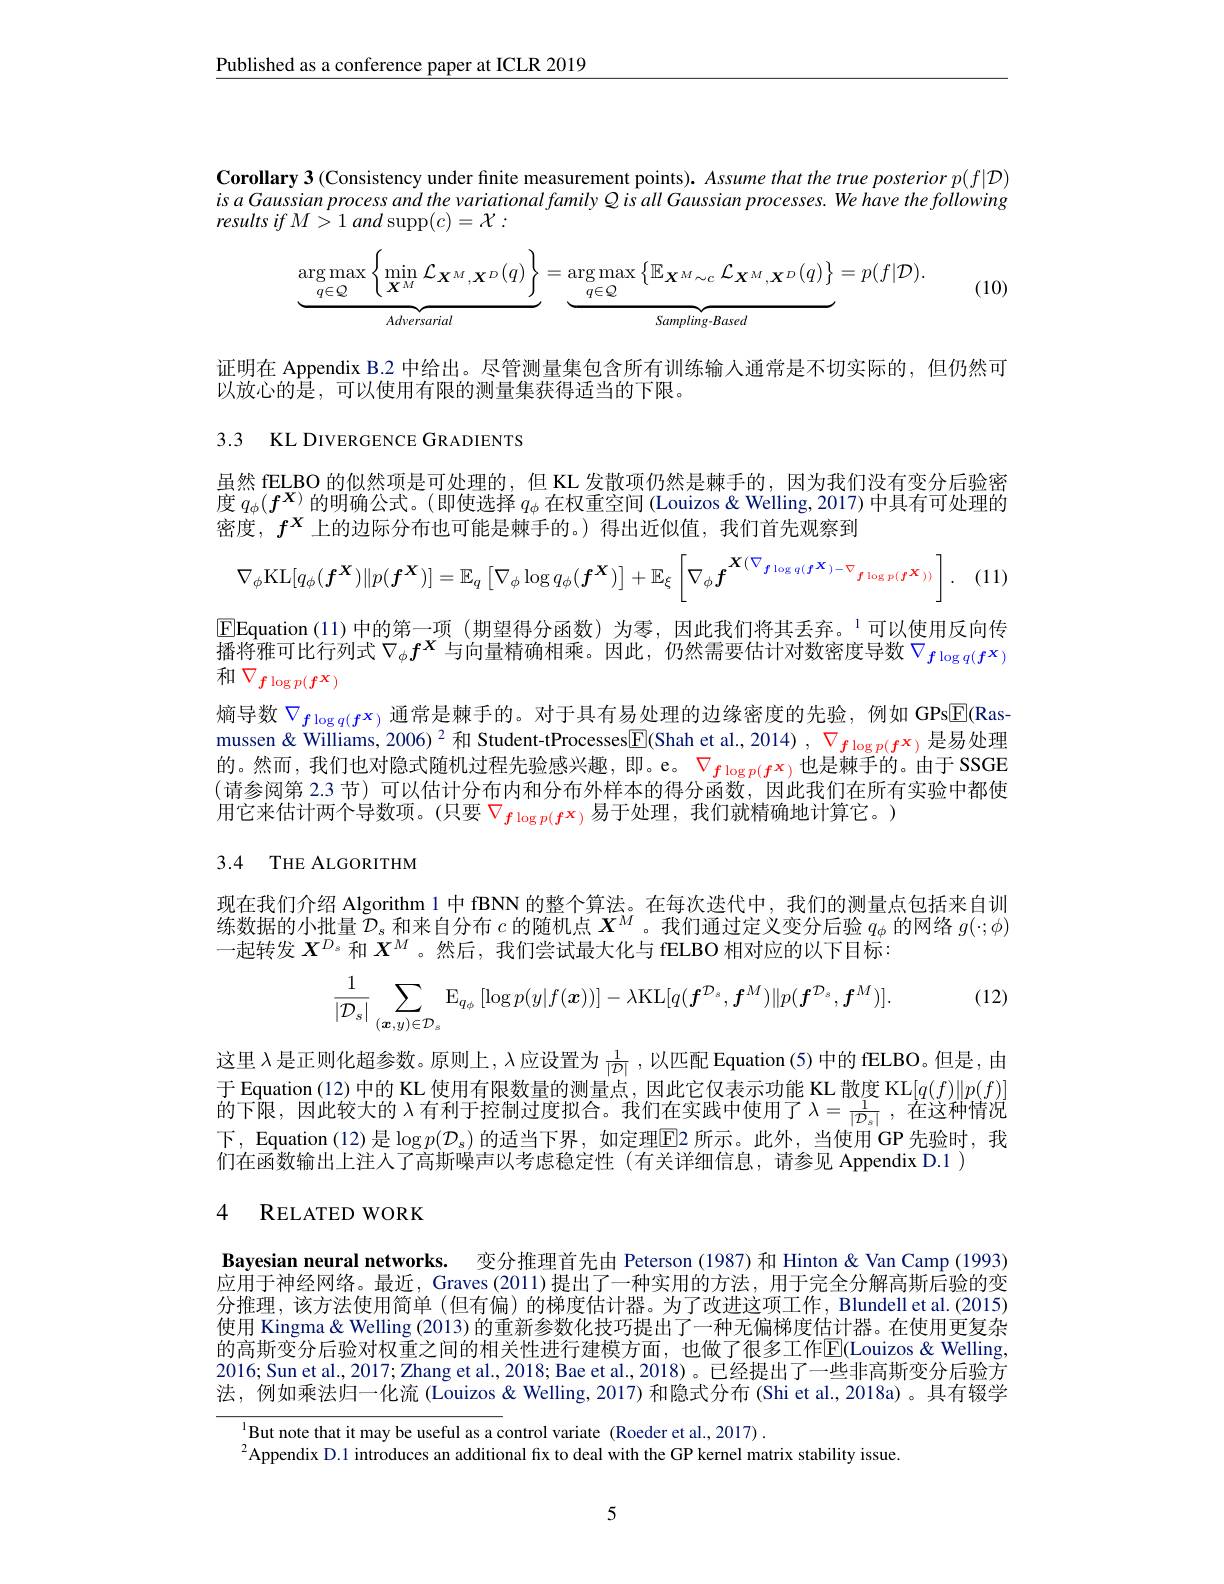
$\underline{\text{Published as a conference paper at ICLR 2019}}$

$\textbf{Corollary 3 ( Consistency under finite measurement points) . Assume that the true posterior p( f| D) }$ isa Gaussian process and the variational family Qisall Gaussian processes. We have the following results $if$ $M> 1$ and supp$( c) = {\mathcal{X} }:$
$$\underbrace{\arg\max}_{q\in\mathbb{Q}}\left\{\min_{\boldsymbol{X}^{M}}\mathcal{L}_{\boldsymbol{X}^{M},\boldsymbol{X}^{D}}(q)\right\}=\underbrace{\arg\max}_{q\in\mathbb{Q}}\left\{\mathbb{E}_{\boldsymbol{X}^{M}\sim c}\mathcal{L}_{\boldsymbol{X}^{M},\boldsymbol{X}^{D}}(q)\right\}=p(f|\mathcal{D}).$$
(10)

证明在 Appendix B.2 中给出。尽管测量集包含所有训练输人通常是不切实际的，但仍然可
以放心的是，可以使用有限的测量集获得适当的下限。

3.3 KL DIVERGENCE GRADIENTS

虽然 fELBO 的似然项是可处理的，但 KL 发散项仍然是棘手的，因为我们没有变分后验密$\widetilde{\text{度 }q_\phi(f^{\boldsymbol{X})}}$的明确公式。(即使选择$q_\phi$在权重空间 (Louizos & Welling, 2017) 中具有可处理的密度，$f^X$上的边际分布也可能是棘手的。)得出近似值，我们首先观察到
$$\nabla_\phi\mathrm{KL}[q_\phi(\boldsymbol{f}^\boldsymbol{X})\|p(\boldsymbol{f}^\boldsymbol{X})]=\mathbb{E}_q\left[\nabla_\phi\log q_\phi(\boldsymbol{f}^\boldsymbol{X})\right]+\mathbb{E}_\xi\left[\nabla_\phi\boldsymbol{f}^{\boldsymbol{X}(\nabla_{\boldsymbol{f}\log q(\boldsymbol{f}^\boldsymbol{X})-\nabla_{\boldsymbol{f}\log p(\boldsymbol{f}^\boldsymbol{X}))}})}\right].$$
(11)

$\boxed{\mathrm{E}}$Equation (11)中的第一项 (期望得分函数)为零，因此我们将其丢弃。$^1$可以使用反向传播将雅可比行列式$\nabla_\phi f^X$与向量精确相乘。因此，仍然需要估计对数密度导数$\nabla_{f\log q(f^{\mathbf{x}})}$ 和$\nabla_{\boldsymbol{f}\log p(\boldsymbol{f}^{\boldsymbol{X}})}$
熵导数$\nabla_{f\log q(f^{\mathbf{x}})}$ 通常是棘手的。对于具有易处理的边缘密度的先验，例如 GPsE(Rasmussen& Williams, 2006)$^{2}$和 Student-tProcesses$\boxed{\mathrm{E}}($Shah et al., 2014) , $\nabla_{\boldsymbol{f}\log p(\boldsymbol{f}^{\boldsymbol{x}})}$是易处理的。然而，我们也对隐式随机过程先验感兴趣，即。e。$\color{red}{\nabla_{f\log p(f^x)}\text{也是棘手的。由于 SSGE}}$ (请参阅第 2.3 节) 可以估计分布内和分布外样本的得分函数，因此我们在所有实验中都使用它来估计两个导数项。(只要$\nabla_{\boldsymbol{f}\log p(\boldsymbol{f}^{\mathbf{x}})}$易于处理，我们就精确地计算它。)

## 3.4 THE ALGORITHM

现在我们介绍 Algorithm 1 中 fBNN 的整个算法。在每次迭代中，我们的测量点包括来自训练数据的小批量$\mathcal{D}_s$和来自分布$c$的随机点$\boldsymbol X^M$ 。我们通过定义变分后验$q_\phi$的网络$g(\cdot;\phi)$ 一起转发$X^{D_s}$ 和 $X^M$ 。然后，我们尝试最大化与 fELBO 相对应的以下目标：
$$\frac{1}{|\mathcal{D}_{s}|}\sum_{(\boldsymbol{x},y)\in\mathcal{D}_{s}}\mathbb{E}_{q_{\phi}}[\log p(y|f(\boldsymbol{x}))]-\lambda\mathrm{KL}[q(\boldsymbol{f}^{\mathcal{D}_{s}},\boldsymbol{f}^{M})\|p(\boldsymbol{f}^{\mathcal{D}_{s}},\boldsymbol{f}^{M})].$$
(12)

这里$\lambda$是正则化超参数。原则上，$\lambda$应设置为$\frac1{|\mathcal{D}|}$ ,以匹配 Equation (5) 中的 fELBO。但是，由于 Equation (12) 中的 KL 使用有限数量的测量点，因此它仅表示功能 KL 散度 KL$[q(f)\|p(f)]$ 的下限，因此较大的 $\lambda$ 有利于控制过度拟合。我们在实践中使用了$\lambda=\frac1{|\mathcal{D}_s|}$,在这种情况下，Equation (12) 是 $\log p(\mathcal{D}_s)$ 的适当下界，如定理$\overline{\mathrm{E}}$2 所示。此外，当使用 GP 先验时，我们在函数输出上注入了高斯噪声以考虑稳定性(有关详细信息，请参见 Appendix D.1)

## 4 RELATED WORK

Bayesian neural networks. 变分推理首先由 Peterson (1987) 和 Hinton &Van Camp (1993) 应用于神经网络。最近，Graves (2011)提出了一种实用的方法，用于完全分解高斯后验的变分推理，该方法使用简单(但有偏)的梯度估计器。为了改进这项工作，Blundell et al.(2015) 使用 Kingma& Welling (2013) 的重新参数化技巧提出了一种无偏梯度估计器。在使用更复杂的高斯变分后验对权重之间的相关性进行建模方面，也做了很多工作$\overline{\mathrm{E}}($Louizos &Welling, 2016; Sun et al., 2017; Zhang et al., 2018; Bae et al., 2018)。已经提出了一些非高斯变分后验方法，例如乘法归一化流 (Louizos &Welling, 2017) 和隐式分布 (Shi et al., 2018a)。具有辍学

$^{1}$But note that it may be useful as a control variate (Roeder et al.,2017).
$^{2}$Appendix D.1 introduces an additional fix to deal with the GP kernel matrix stability issue.

5